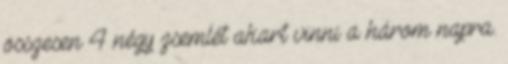
összesen 4 négy zsemlét akart vinni a három napra.